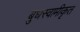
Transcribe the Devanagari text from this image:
बुधस्वामीकृत